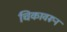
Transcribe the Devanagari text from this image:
चिकावरून